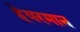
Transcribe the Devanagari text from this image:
हेयरमान